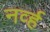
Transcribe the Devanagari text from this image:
नर्व्ह